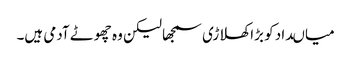
میاںداد کو بڑا کھلاڑی سمجھا لیکن وہ چھوٹے آدمی ہیں۔